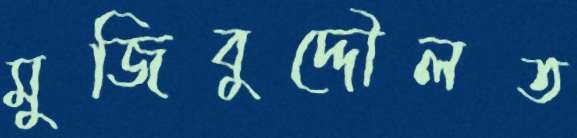
মুজিবুদ্দৌলত